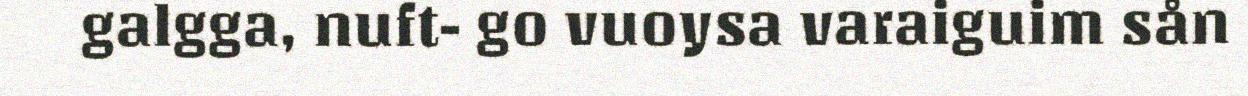
galgga, nuft- go vuoysa varaiguim sån